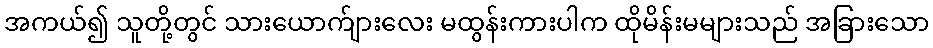
အကယ်၍ သူတို့တွင် သားယောက်ျားလေး မထွန်းကားပါက ထိုမိန်းမများသည် အခြားသော